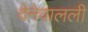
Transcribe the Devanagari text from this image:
देनेवालली